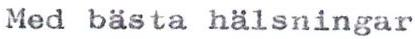
Med bästa hälsningar